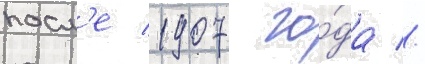
посл'е 1907 го́да //